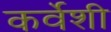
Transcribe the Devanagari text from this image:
कर्वेशी